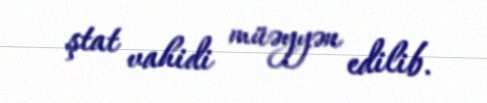
ştat vahidi müəyyən edilib.